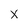
Character: x